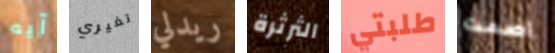
آيه تغيري ريدلي الثرثرة طلبتي اصمت